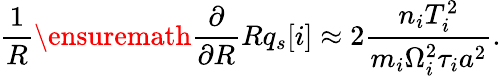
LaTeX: \frac{1}{R}\ensuremath{\frac{\partial}{\partial R}}Rq_{s}[i]\approx 2\frac{n_{i}T_{i}^{2}}{m_{i}\Omega_{i}^{2}\tau_{i}a^{2}}.